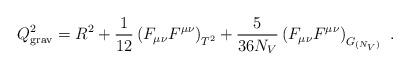
LaTeX: \begin{align*}Q^2_{\rm grav}= R^2 + {1 \over 12} \left( F_{\mu \nu} F^{\mu \nu} \right)_{T^2}+{5 \over 36 N_V} \left( F_{\mu \nu} F^{\mu \nu} \right)_{G_{(N_V)}}~.\end{align*}